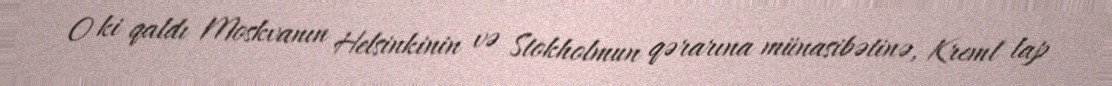
O ki qaldı Moskvanın Helsinkinin və Stokholmun qərarına münasibətinə, Kreml lap